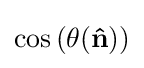
\cos \,(\theta (\mathbf {\hat {n}} ))